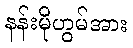
နန်းမိုဟွမ်အား